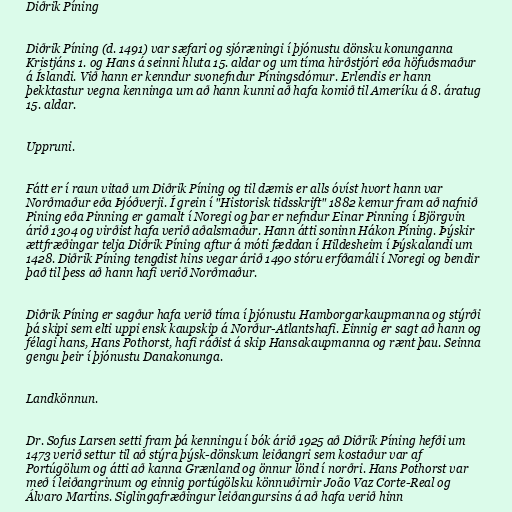
Diðrik Píning

Diðrik Píning (d. 1491) var sæfari og sjóræningi í þjónustu dönsku konunganna
Kristjáns 1. og Hans á seinni hluta 15. aldar og um tíma hirðstjóri eða höfuðsmaður
á Íslandi. Við hann er kenndur svonefndur Píningsdómur. Erlendis er hann
þekktastur vegna kenninga um að hann kunni að hafa komið til Ameríku á 8. áratug
15. aldar.

Uppruni.

Fátt er í raun vitað um Diðrik Píning og til dæmis er alls óvíst hvort hann var
Norðmaður eða Þjóðverji. Í grein í "Historisk tidsskrift" 1882 kemur fram að nafnið
Pining eða Pinning er gamalt í Noregi og þar er nefndur Einar Pinning í Björgvin
árið 1304 og virðist hafa verið aðalsmaður. Hann átti soninn Hákon Píning. Þýskir
ættfræðingar telja Diðrik Píning aftur á móti fæddan í Hildesheim í Þýskalandi um
1428. Diðrik Píning tengdist hins vegar árið 1490 stóru erfðamáli í Noregi og bendir
það til þess að hann hafi verið Norðmaður.

Diðrik Píning er sagður hafa verið tíma í þjónustu Hamborgarkaupmanna og stýrði
þá skipi sem elti uppi ensk kaupskip á Norður-Atlantshafi. Einnig er sagt að hann og
félagi hans, Hans Pothorst, hafi ráðist á skip Hansakaupmanna og rænt þau. Seinna
gengu þeir í þjónustu Danakonunga.

Landkönnun.

Dr. Sofus Larsen setti fram þá kenningu í bók árið 1925 að Diðrik Píning hefði um
1473 verið settur til að stýra þýsk-dönskum leiðangri sem kostaður var af
Portúgölum og átti að kanna Grænland og önnur lönd í norðri. Hans Pothorst var
með í leiðangrinum og einnig portúgölsku könnuðirnir João Vaz Corte-Real og
Álvaro Martins. Siglingafræðingur leiðangursins á að hafa verið hinn